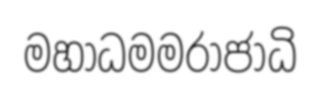
මහාධමමරාජාධි